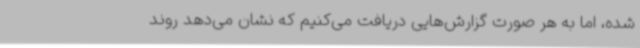
شده، اما به هر صورت گزارش‌هایی دریافت می‌کنیم که نشان می‌دهد روند